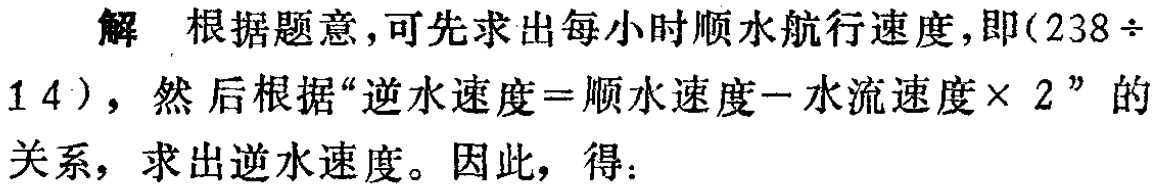
解 根据题意，可先求出每小时顺水航行速度，即\((238\div 14)\)，然后根据“逆水速度=顺水速度−水流速度× 2”的关系，求出逆水速度。因此，得：